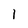
Character: l